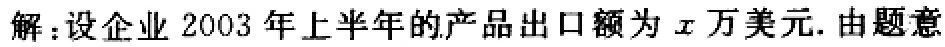
解：设企业 2003 年上半年的产品出口额为 \(x\) 万美元. 由题意